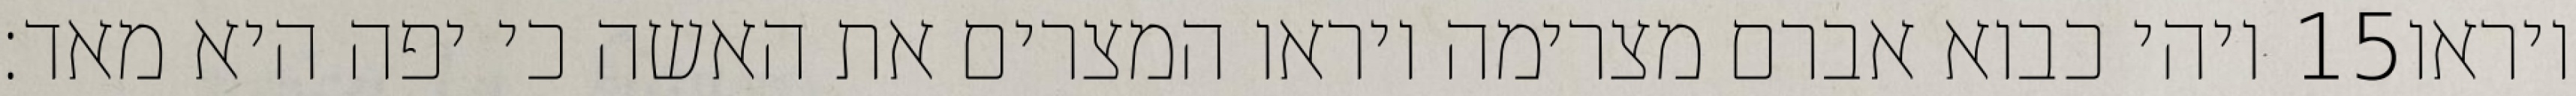
ויהי כבוא אברם מצרימה ויראו המצרים את האשה כי יפה היא מאד׃ ‎15‏ ויראו